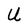
Character: U